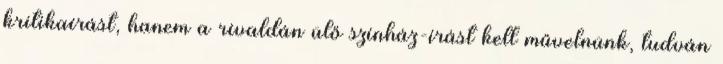
kritikaírást, hanem a rivaldán ülő színház-írást kell művelnünk, tudván